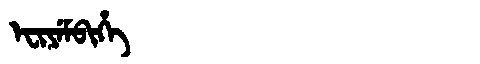
Manchu: ᡝᠸᡳᠶᡝᠮᠪᡳᡥᡝ
Romanization: EFIYEMBIHE